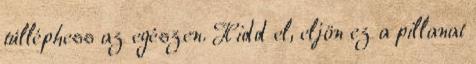
túlléphess az egészen. Hidd el, eljön ez a pillanat